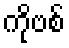
ကိုဗစ်